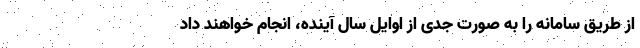
از طریق سامانه را به صورت جدی از اوایل سال آینده، انجام خواهند داد